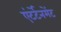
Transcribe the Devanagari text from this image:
एंटर्टेनमेंट